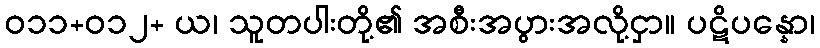
ဝ၁၁+၀၁၂+ ယ၊ သူတပါးတို့၏ အစီးအပွားအလို့ငှာ။ ပဋိပန္နော၊